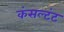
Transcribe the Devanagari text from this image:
कंसल्टंट